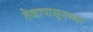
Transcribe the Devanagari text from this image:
तेव्हापासूनच्या